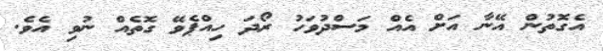
އެގޮތުން އޭނާ އަށް އެއް މަސްދުވަހު ރޯދަ ހިއްޕެވޭ ގޮތެއް ނުވި އެވެ.